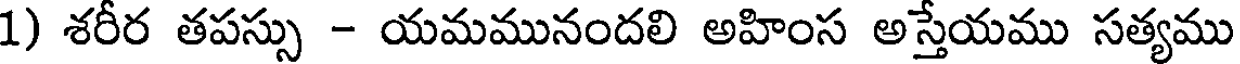
1) శరీర తపస్సు - యమమునందలి అహింస అస్తేయము సత్యము